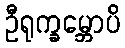
ဦရုက္ခမ္ဘောပိ